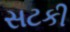
સટકી